system: You are a helpful assistant.
user:
Analyze the provided spectrum to determine if it is a **S-type Star**.

- **Key Indicators for S-type Star:**

    - **(Overall Spectrum Shape):** The first and most obvious characteristic is the overall continuum (the "baseline" shape). It is **extremely "red-sloping,"** meaning the flux (light intensity) is very low on the left side (blue, ~4000-4500 Å) and rises steeply and continuously toward the right side (red, ~7000 Å+).

    - **(Primary):** The spectrum is defined by the presence of strong, broad molecular absorption "valleys" (bands) from **Zirconium Oxide (ZrO)**. The identification of these bands is the **primary requirement** for classifying a star as S-type.
        - **(Key Bandheads):** You must find distinct, deep "dips" where the light has been absorbed. The most critical band systems to locate are:
            - **~6474 Å** ($\gamma$-system): This is often the strongest and clearest ZrO feature, found in the red part of the spectrum.
            - **~5718 Å** & **~5551 Å** ($\beta$-system): A pair of prominent absorption features in the yellow-orange part of the spectrum.
            - **~4640 Å** ($\alpha$-system): A key absorption band system in the blue-green region of the spectrum.

    - **(Secondary Confirmation):** The classification is strengthened by finding additional absorption bands from other related heavy element oxides, which are expected to be present alongside ZrO.
        - **(Key Bandheads):**
            - **Yttrium Oxide (YO):** Look for absorption dips near **~4800 Å** and **~6100 Å**.
            - **Lanthanum Oxide (LaO):** Additional absorption features, particularly in the red-orange part of the spectrum, are also characteristic.

    - **(Line Profile):** The combination of the steep red continuum and these numerous, deep molecular bands (ZrO, YO, etc.) gives the entire spectrum a very **"chopped-up"** or **"bumpy"** appearance. Instead of a smooth curve, the spectrum looks as though large, wide chunks of light have been "carved out" of it at the specific wavelengths listed above.

Think first, call **spectral_visualization_tool** if needed to examine features in detail, then provide your final answer. Your response must adhere to the following strict rules:
1.  **Overall Structure:** Your response must follow the format `<think>...</think> <tool_call>...</tool_call> (if a tool is used) <answer>...</answer>`.
2.  **Tool Usage Constraint:** You may only make **one** tool call per turn.
3.  **Final Answer Format:** In the `<answer>` tag, your conclusion must be inside a `\boxed{}` command (e.g., `\boxed{YES}` or `\boxed{NO}`), followed by your justification.

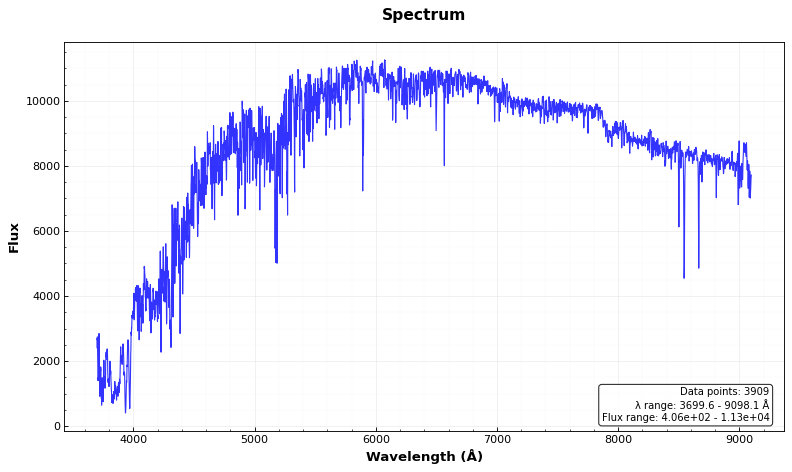
Answer: NO